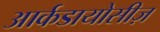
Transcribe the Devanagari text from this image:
आर्कडायोसीज़